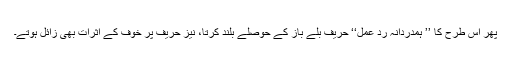
پھر اس طرح کا ’’ ہمدردانہ رد عمل‘‘ حریف بلے باز کے حوصلے بلند کرتا، نیز حریف پر خوف کے اثرات بھی زائل ہوتے۔